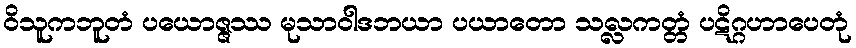
ဝိသူကဘူတံ ပယောဇ္ဇဿ မုသာဝါဒဘယာ ပယာတော သလ္လကတ္တံ ပဋိဂ္ဂဟာပေတုံ